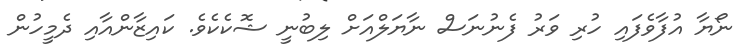
ނޯޔާ އުފާވެފައި ހުރި ވަރު ފެނުނަސް ނާޔަލްއަށް ލިބުނީ ޝޮކެކެވެ. ކައިޒާންއާއި ދެމީހުން